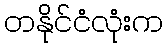
တနိုင်ငံလုံးက